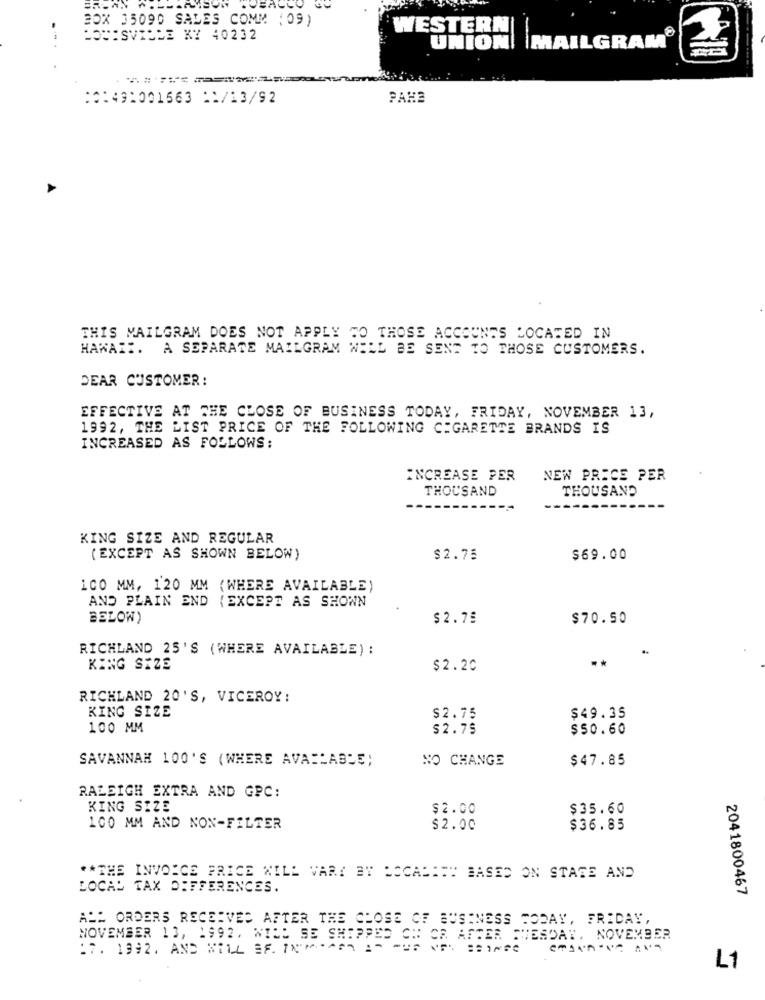
BOX 35090 SADES COMM ( 09)
WESTERN
LOUISVILLE KY 40232
UNION| |MAILGRAM
:0:49:001663 :1/13/92
PAHE
THIS MAILGRAM DOES NOT APPLY TO THOSE ACCOUNTS LOCATED IN
HAWAII. A SEPARATE MAILGRAM WILL BE SENT TO THOSE CUSTOMERS.
DEAR CUSTOMER:
EFFECTIVE AT THE CLOSE OF BUSINESS TODAY, FRIDAY, NOVEMBER 13,
1992, THE LIST PRICE OF THE FOLLOWING CIGARETTE BRANDS IS
INCREASED AS FOLLOWS:
INCREASE PER
NEW PRICE PER
THOUSAND
THOUSAND
KING SIZE AND REGULAR
(EXCEPT AS SHOWN BELOW)
$2.75
$69.00
100 MM, 120 MM ( WHERE AVAILABLE)
AND PLAIN END (EXCEPT AS SHOWN
BELOW)
$2.78
$70.50
RICHLAND 25'S (WHERE AVAILABLE) :
.*
KING SIZE
$2.20
RICHLAND 20'S, VICEROY :
KING SIZE
$2.75
$49.35
100 MM
$2.75
$50.60
SAVANNAH 100'S (WHERE AVAILABLE;
NO CHANGE
$47.85
RALEIGH EXTRA AND GPC:
KING SIZE
$2.00
$35.60
100 MM AND NON-FILTER
$2.00
$36.85
** THE INVOICE PRICE WILL VARY BY LOCALITY BASED ON STAGE AND
LOCAL TAX DIFFERENCES.
2041800467
ALL ORDERS RECEIVED AFTER THE CHOSE OF BUSINESS TODAY, FRIDAY,
NOVEMBER 13, 1992. WIRD SE SHIPPED ON OR AFTER TUESDAY, NOVEMBER
1 7. 1992. AND WILL SF. TAMPOCO AS PUD NOW BEINGE
L1